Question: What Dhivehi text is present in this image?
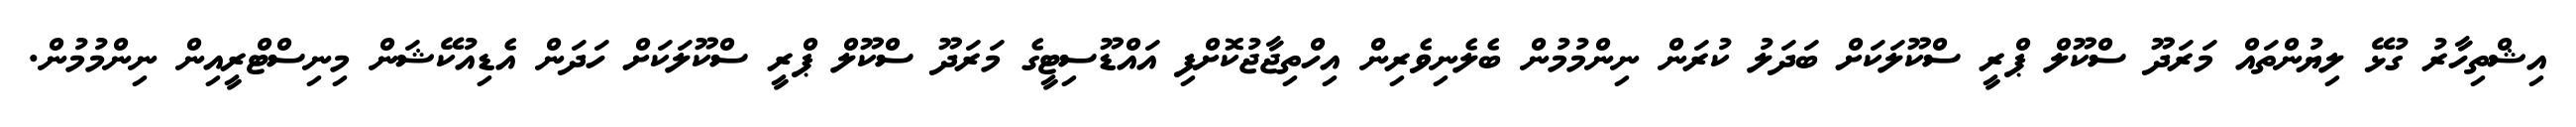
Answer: އިޝްތިހާރު ގުޅޭ ލިޔުންތައް މަރަދޫ ސްކޫލް ޕްރީ ސްކޫލަކަށް ބަދަލު ކުރަން ނިންމުމުން ބެލެނިވެރިން އިހްތިޖާޖުކޮށްފި އައްޑޫސިޓީގެ މަރަދޫ ސްކޫލް ޕްރީ ސްކޫލަކަށް ހަދަން އެޑިއުކޭޝަން މިނިސްޓްރީއިން ނިންމުމުން.